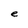
Character: e